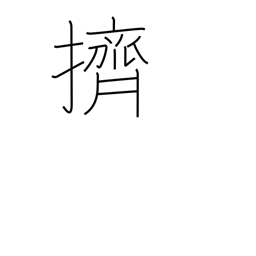
Meaning: push aside